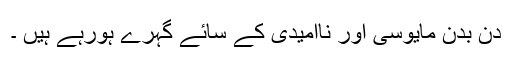
دن بدن مایوسی اور ناامیدی کے سائے گہرے ہورہے ہیں ۔